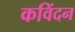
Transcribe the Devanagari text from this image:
कविंदन